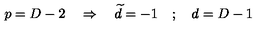
p = D - 2 \quad \Rightarrow \quad \widetilde { d } = - 1 \quad ; \quad d = D - 1